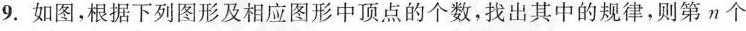
9.如图，根据下列图形及相应图形中顶点的个数，找出其中的规律，则第n个